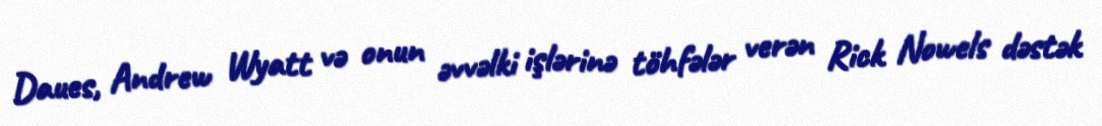
Daues, Andrew Wyatt və onun əvvəlki işlərinə töhfələr verən Rick Nowels dəstək